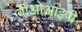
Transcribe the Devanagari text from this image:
वीओआइपी